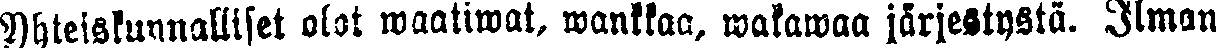
Yhteiskunnalliset olot waatiwat, wankkaa, wakawaa järjestystä. Ilman